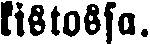
kistossa.